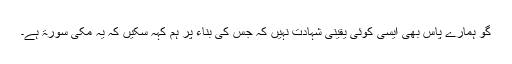
گو ہمارے پاس بھی ایسی کوئی یقینی شہادت نہیں کہ جس کی بناء پر ہم کہہ سکیں کہ یہ مکی سورۃ ہے۔